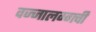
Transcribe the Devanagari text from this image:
वज्‍जालग्गची